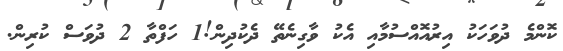
ކޮންމެ ދުވަހަކު އިރުއޮއްސުމާއި އެކު ވާގިނެތޭ ދެކުދިން!1 ހަފްތާ 2 ދުވަސް ކުރިން.